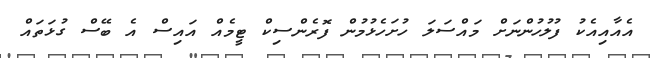
އެއާއިއެކު ފުލުހުންނަށް މައްސަލަ ހުށަހެޅުމުން ފޮރެންސިކް ޓީމެއް އައިސް އެ ބޭސް ގުޅަތައް